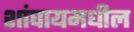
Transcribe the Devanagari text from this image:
शांघायमधील